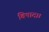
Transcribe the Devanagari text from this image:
बिषादा।